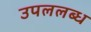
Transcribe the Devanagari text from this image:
उपललब्ध